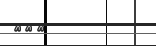
١٠٣